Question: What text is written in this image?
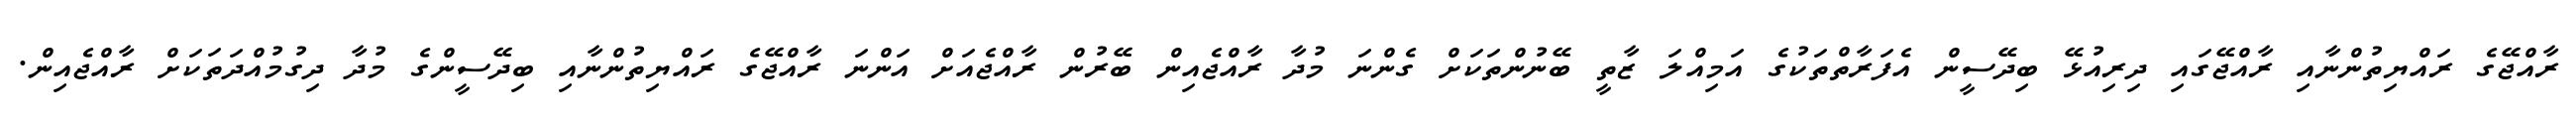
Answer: ރާއްޖޭގެ ރައްޔިތުންނާއި ރާއްޖޭގައި ދިރިއުޅޭ ބިދޭސީން އެފަރާތްތަކުގެ އަމިއްލަ ޒާތީ ބޭނުންތަކަށް ގެންނަ މުދާ ރާއްޖެއިން ބޭރުން ރާއްޖެއަށް އަންނަ ރާއްޖޭގެ ރައްޔިތުންނާއި ބިދޭސީންގެ މުދާ ދިގުމުއްދަތަކަށް ރާއްޖެއިން.